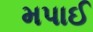
મપાઈ